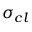
\sigma _ { c l }